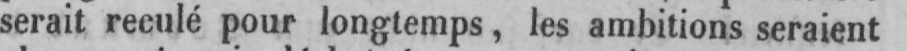
serait reculé pour longtemps, les ambitions seraient